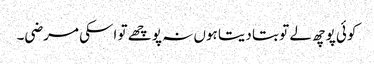
کوئی پوچھ لے تو بتا دیتا ہوں نہ پوچھے تو اسکی مرضی۔